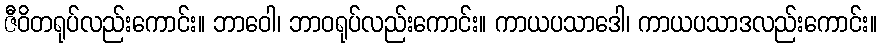
ဇီဝိတရုပ်လည်းကောင်း။ ဘာဝေါ၊ ဘာဝရုပ်လည်းကောင်း။ ကာယပသာဒေါ၊ ကာယပသာဒလည်းကောင်း။